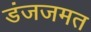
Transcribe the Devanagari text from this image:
डंजजमत